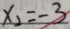
x _ { 2 } = - 3